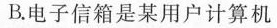
B.电子信箱是某用户计算机